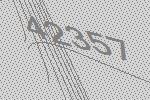
42357